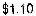
$1.10